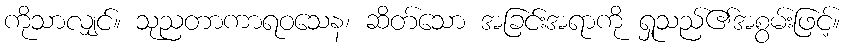
ကိုသာလျှင်။ သုညတာကာရဝသေန၊ ဆိတ်သော အခြင်းအရာကို ရှုသည်၏အစွမ်းဖြင့်။